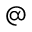
@